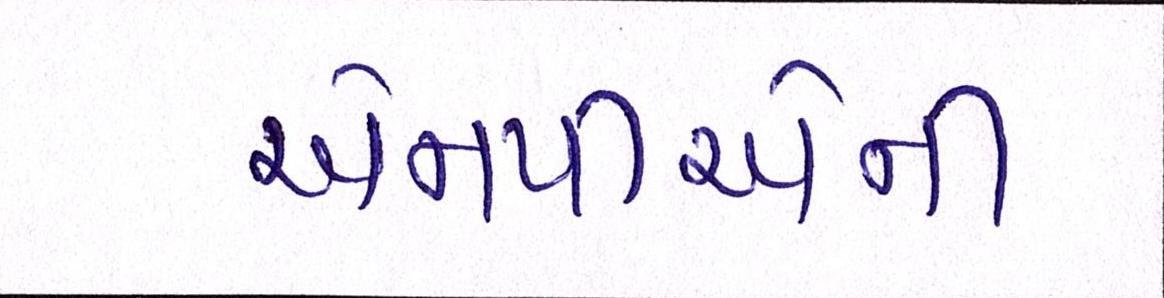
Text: એનપીએની